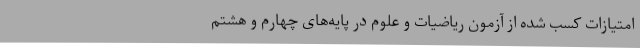
امتیازات کسب شده از آزمون ریاضیات و علوم در پایه‌های چهارم و هشتم